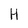
Character: H